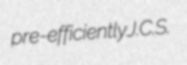
pre-efficiently J.C.S.